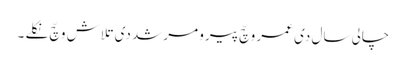
چالی سال دی عمر وچّ پیرو مرشد دی تلاش وچّ نکلے ۔